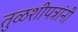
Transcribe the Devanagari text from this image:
तुळशीपत्रांनी